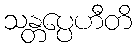
သန္တပ္ပေဟီတိ